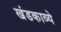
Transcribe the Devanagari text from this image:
खंडकाव्ये